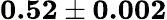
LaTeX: \textbf{0.52}\pm\textbf{0.002}